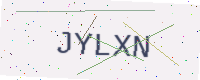
Text: JYLXN